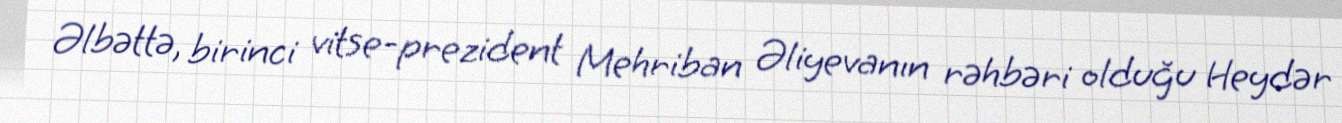
Əlbəttə, birinci vitse-prezident Mehriban Əliyevanın rəhbəri olduğu Heydər